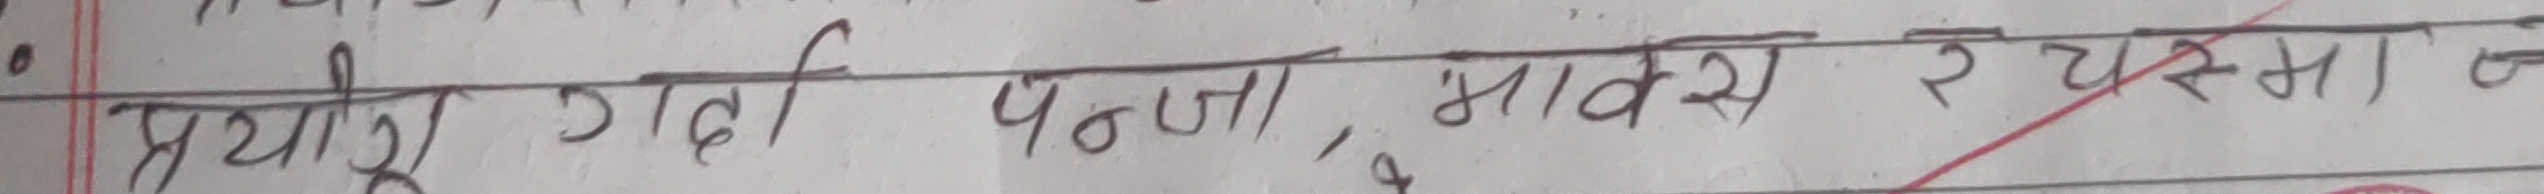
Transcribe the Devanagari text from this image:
प्रयाग गदी पन्जा, मावसं र यस्मा अ